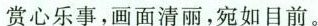
赏心乐事，画面清丽，宛如目前。